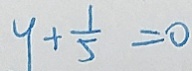
y + \frac { 1 } { 5 } = 0